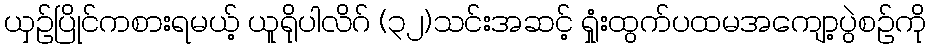
ယှဉ်ပြိုင်ကစားရမယ့် ယူရိုပါလိဂ် (၃၂)သင်းအဆင့် ရှုံးထွက်ပထမအကျော့ပွဲစဉ်ကို